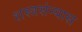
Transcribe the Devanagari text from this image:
शस्त्रसंन्यास